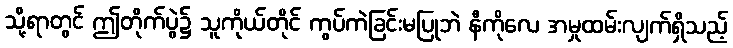
သို့ရာတွင် ဤတိုက်ပွဲ၌ သူကိုယ်တိုင် ကွပ်ကဲခြင်းမပြုဘဲ နီကိုလေ အမှုထမ်းလျက်ရှိသည့်